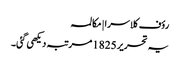
رؤف کلاسرا | مکالمہ
یہ تحریر 1825 مرتبہ دیکھی گئی۔